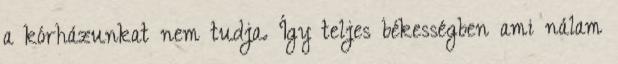
a kórházunkat nem tudja. Így teljes békességben ami nálam